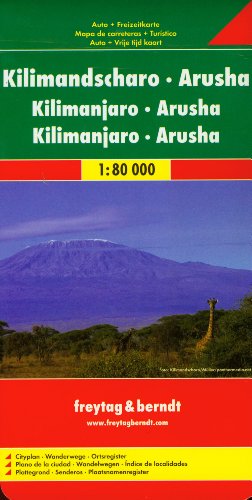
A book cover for Kilimanjaro/Arusha; Freytag-Berndt und Artaria; Travel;